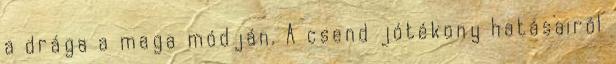
a drága a maga módján. A csend jótékony hatásairól